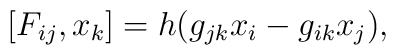
\hspace{+5em} [F_{ij},x_k] = h(g_{jk}x_i - g_{ik}x_j),